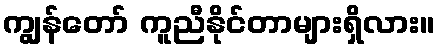
ကျွန်တော် ကူညီနိုင်တာများရှိလား။